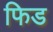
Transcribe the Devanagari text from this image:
फिड